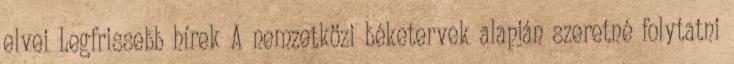
elvei Legfrissebb hírek A nemzetközi béketervek alapján szeretné folytatni